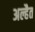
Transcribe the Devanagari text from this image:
अल्हैत